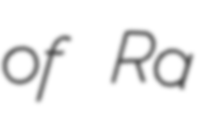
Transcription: of Ra